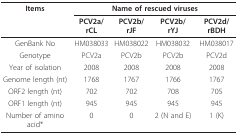
<table><thead><tr><td><b>Items</b></td><td colspan="4"><b>Name of rescued viruses</b></td></tr><tr><td></td><td><b>PCV2a/rCL</b></td><td><b>PCV2b/rJF</b></td><td><b>PCV2b/rYJ</b></td><td><b>PCV2d/rBDH</b></td></tr></thead><tbody><tr><td>GenBank No</td><td>HM038033</td><td>HM038022</td><td>HM038032</td><td>HM038017</td></tr><tr><td>Genotype</td><td>PCV2a</td><td>PCV2b</td><td>PCV2b</td><td>PCV2d</td></tr><tr><td>Year of isolation</td><td>2008</td><td>2008</td><td>2008</td><td>2008</td></tr><tr><td>Genome length (nt)</td><td>1768</td><td>1767</td><td>1766</td><td>1767</td></tr><tr><td>ORF2 length (nt)</td><td>702</td><td>702</td><td>708</td><td>705</td></tr><tr><td>ORF1 length (nt)</td><td>945</td><td>945</td><td>945</td><td>945</td></tr><tr><td>Number of amino acid*</td><td>0</td><td>0</td><td>2 (N and E)</td><td>1 (K)</td></tr></tbody></table>